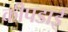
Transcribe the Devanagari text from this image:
कीपडाई